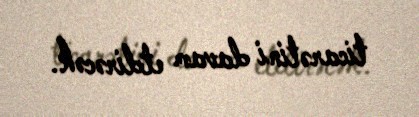
ticarətini davam etdirəcək.